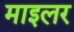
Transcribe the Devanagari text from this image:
माइलर